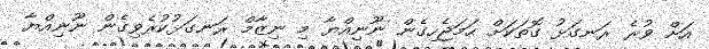
އަށް ވުރެ ރަނގަޅު ގޮތަކަށް ހަމަޖެހިގެން ނޫނިއްޔާ މި ނިޒާމް ރަނގަޅުކުރެވިގެން ނޫނިއްޔާ